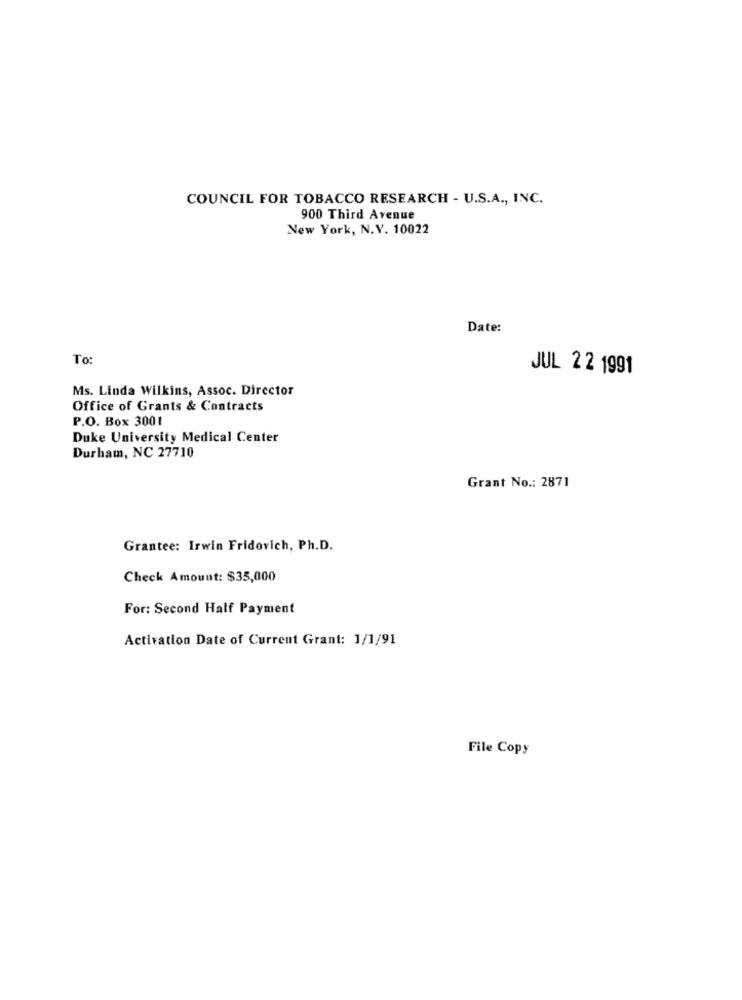
COUNCIL FOR TOBACCO RESEARCH - U.S.A ., INC.
900 Third Avenue
New York, N.V. 10022
Date:
To:
JUL 2 2 1991
Ms. Linda Wilkins, Assoc. Director
Office of Grants & Contracts
P.O. Box 3001
Duke University Medical Center
Durham, NC 27710
Grant No .: 2871
Grantee: Irwin Fridovich, Ph.D.
Check Amount: $35,000
For: Second Half Payment
Activation Date of Current Grant: 1/1/91
File Copy